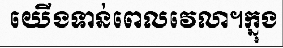
យើងទាន់ពេលវេលា។ក្នុង